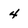
Character: 4